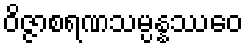
ဝိဇ္ဇာစရဏသမ္ပန္နဿေဝ